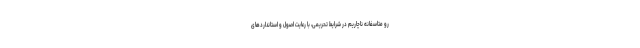
رو متاسفانه ناچاریم در شرایط تحریمی، با رعایت اصول و استانداردهای